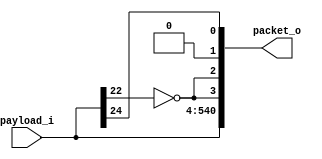
module bp_me_network_pkt_encode_data_resp_num_lce_p2_num_cce_p1_paddr_width_p22_block_size_in_bits_p512_max_num_flit_p4_x_cord_width_p1_y_cord_width_p1
(
  payload_i,
  packet_o
);

  input [536:0] payload_i;
  output [540:0] packet_o;
  wire [540:0] packet_o;
  wire N0;
  assign packet_o[1] = 1'b0;
  assign packet_o[2] = packet_o[3];
  assign packet_o[540] = payload_i[536];
  assign packet_o[539] = payload_i[535];
  assign packet_o[538] = payload_i[534];
  assign packet_o[537] = payload_i[533];
  assign packet_o[536] = payload_i[532];
  assign packet_o[535] = payload_i[531];
  assign packet_o[534] = payload_i[530];
  assign packet_o[533] = payload_i[529];
  assign packet_o[532] = payload_i[528];
  assign packet_o[531] = payload_i[527];
  assign packet_o[530] = payload_i[526];
  assign packet_o[529] = payload_i[525];
  assign packet_o[528] = payload_i[524];
  assign packet_o[527] = payload_i[523];
  assign packet_o[526] = payload_i[522];
  assign packet_o[525] = payload_i[521];
  assign packet_o[524] = payload_i[520];
  assign packet_o[523] = payload_i[519];
  assign packet_o[522] = payload_i[518];
  assign packet_o[521] = payload_i[517];
  assign packet_o[520] = payload_i[516];
  assign packet_o[519] = payload_i[515];
  assign packet_o[518] = payload_i[514];
  assign packet_o[517] = payload_i[513];
  assign packet_o[516] = payload_i[512];
  assign packet_o[515] = payload_i[511];
  assign packet_o[514] = payload_i[510];
  assign packet_o[513] = payload_i[509];
  assign packet_o[512] = payload_i[508];
  assign packet_o[511] = payload_i[507];
  assign packet_o[510] = payload_i[506];
  assign packet_o[509] = payload_i[505];
  assign packet_o[508] = payload_i[504];
  assign packet_o[507] = payload_i[503];
  assign packet_o[506] = payload_i[502];
  assign packet_o[505] = payload_i[501];
  assign packet_o[504] = payload_i[500];
  assign packet_o[503] = payload_i[499];
  assign packet_o[502] = payload_i[498];
  assign packet_o[501] = payload_i[497];
  assign packet_o[500] = payload_i[496];
  assign packet_o[499] = payload_i[495];
  assign packet_o[498] = payload_i[494];
  assign packet_o[497] = payload_i[493];
  assign packet_o[496] = payload_i[492];
  assign packet_o[495] = payload_i[491];
  assign packet_o[494] = payload_i[490];
  assign packet_o[493] = payload_i[489];
  assign packet_o[492] = payload_i[488];
  assign packet_o[491] = payload_i[487];
  assign packet_o[490] = payload_i[486];
  assign packet_o[489] = payload_i[485];
  assign packet_o[488] = payload_i[484];
  assign packet_o[487] = payload_i[483];
  assign packet_o[486] = payload_i[482];
  assign packet_o[485] = payload_i[481];
  assign packet_o[484] = payload_i[480];
  assign packet_o[483] = payload_i[479];
  assign packet_o[482] = payload_i[478];
  assign packet_o[481] = payload_i[477];
  assign packet_o[480] = payload_i[476];
  assign packet_o[479] = payload_i[475];
  assign packet_o[478] = payload_i[474];
  assign packet_o[477] = payload_i[473];
  assign packet_o[476] = payload_i[472];
  assign packet_o[475] = payload_i[471];
  assign packet_o[474] = payload_i[470];
  assign packet_o[473] = payload_i[469];
  assign packet_o[472] = payload_i[468];
  assign packet_o[471] = payload_i[467];
  assign packet_o[470] = payload_i[466];
  assign packet_o[469] = payload_i[465];
  assign packet_o[468] = payload_i[464];
  assign packet_o[467] = payload_i[463];
  assign packet_o[466] = payload_i[462];
  assign packet_o[465] = payload_i[461];
  assign packet_o[464] = payload_i[460];
  assign packet_o[463] = payload_i[459];
  assign packet_o[462] = payload_i[458];
  assign packet_o[461] = payload_i[457];
  assign packet_o[460] = payload_i[456];
  assign packet_o[459] = payload_i[455];
  assign packet_o[458] = payload_i[454];
  assign packet_o[457] = payload_i[453];
  assign packet_o[456] = payload_i[452];
  assign packet_o[455] = payload_i[451];
  assign packet_o[454] = payload_i[450];
  assign packet_o[453] = payload_i[449];
  assign packet_o[452] = payload_i[448];
  assign packet_o[451] = payload_i[447];
  assign packet_o[450] = payload_i[446];
  assign packet_o[449] = payload_i[445];
  assign packet_o[448] = payload_i[444];
  assign packet_o[447] = payload_i[443];
  assign packet_o[446] = payload_i[442];
  assign packet_o[445] = payload_i[441];
  assign packet_o[444] = payload_i[440];
  assign packet_o[443] = payload_i[439];
  assign packet_o[442] = payload_i[438];
  assign packet_o[441] = payload_i[437];
  assign packet_o[440] = payload_i[436];
  assign packet_o[439] = payload_i[435];
  assign packet_o[438] = payload_i[434];
  assign packet_o[437] = payload_i[433];
  assign packet_o[436] = payload_i[432];
  assign packet_o[435] = payload_i[431];
  assign packet_o[434] = payload_i[430];
  assign packet_o[433] = payload_i[429];
  assign packet_o[432] = payload_i[428];
  assign packet_o[431] = payload_i[427];
  assign packet_o[430] = payload_i[426];
  assign packet_o[429] = payload_i[425];
  assign packet_o[428] = payload_i[424];
  assign packet_o[427] = payload_i[423];
  assign packet_o[426] = payload_i[422];
  assign packet_o[425] = payload_i[421];
  assign packet_o[424] = payload_i[420];
  assign packet_o[423] = payload_i[419];
  assign packet_o[422] = payload_i[418];
  assign packet_o[421] = payload_i[417];
  assign packet_o[420] = payload_i[416];
  assign packet_o[419] = payload_i[415];
  assign packet_o[418] = payload_i[414];
  assign packet_o[417] = payload_i[413];
  assign packet_o[416] = payload_i[412];
  assign packet_o[415] = payload_i[411];
  assign packet_o[414] = payload_i[410];
  assign packet_o[413] = payload_i[409];
  assign packet_o[412] = payload_i[408];
  assign packet_o[411] = payload_i[407];
  assign packet_o[410] = payload_i[406];
  assign packet_o[409] = payload_i[405];
  assign packet_o[408] = payload_i[404];
  assign packet_o[407] = payload_i[403];
  assign packet_o[406] = payload_i[402];
  assign packet_o[405] = payload_i[401];
  assign packet_o[404] = payload_i[400];
  assign packet_o[403] = payload_i[399];
  assign packet_o[402] = payload_i[398];
  assign packet_o[401] = payload_i[397];
  assign packet_o[400] = payload_i[396];
  assign packet_o[399] = payload_i[395];
  assign packet_o[398] = payload_i[394];
  assign packet_o[397] = payload_i[393];
  assign packet_o[396] = payload_i[392];
  assign packet_o[395] = payload_i[391];
  assign packet_o[394] = payload_i[390];
  assign packet_o[393] = payload_i[389];
  assign packet_o[392] = payload_i[388];
  assign packet_o[391] = payload_i[387];
  assign packet_o[390] = payload_i[386];
  assign packet_o[389] = payload_i[385];
  assign packet_o[388] = payload_i[384];
  assign packet_o[387] = payload_i[383];
  assign packet_o[386] = payload_i[382];
  assign packet_o[385] = payload_i[381];
  assign packet_o[384] = payload_i[380];
  assign packet_o[383] = payload_i[379];
  assign packet_o[382] = payload_i[378];
  assign packet_o[381] = payload_i[377];
  assign packet_o[380] = payload_i[376];
  assign packet_o[379] = payload_i[375];
  assign packet_o[378] = payload_i[374];
  assign packet_o[377] = payload_i[373];
  assign packet_o[376] = payload_i[372];
  assign packet_o[375] = payload_i[371];
  assign packet_o[374] = payload_i[370];
  assign packet_o[373] = payload_i[369];
  assign packet_o[372] = payload_i[368];
  assign packet_o[371] = payload_i[367];
  assign packet_o[370] = payload_i[366];
  assign packet_o[369] = payload_i[365];
  assign packet_o[368] = payload_i[364];
  assign packet_o[367] = payload_i[363];
  assign packet_o[366] = payload_i[362];
  assign packet_o[365] = payload_i[361];
  assign packet_o[364] = payload_i[360];
  assign packet_o[363] = payload_i[359];
  assign packet_o[362] = payload_i[358];
  assign packet_o[361] = payload_i[357];
  assign packet_o[360] = payload_i[356];
  assign packet_o[359] = payload_i[355];
  assign packet_o[358] = payload_i[354];
  assign packet_o[357] = payload_i[353];
  assign packet_o[356] = payload_i[352];
  assign packet_o[355] = payload_i[351];
  assign packet_o[354] = payload_i[350];
  assign packet_o[353] = payload_i[349];
  assign packet_o[352] = payload_i[348];
  assign packet_o[351] = payload_i[347];
  assign packet_o[350] = payload_i[346];
  assign packet_o[349] = payload_i[345];
  assign packet_o[348] = payload_i[344];
  assign packet_o[347] = payload_i[343];
  assign packet_o[346] = payload_i[342];
  assign packet_o[345] = payload_i[341];
  assign packet_o[344] = payload_i[340];
  assign packet_o[343] = payload_i[339];
  assign packet_o[342] = payload_i[338];
  assign packet_o[341] = payload_i[337];
  assign packet_o[340] = payload_i[336];
  assign packet_o[339] = payload_i[335];
  assign packet_o[338] = payload_i[334];
  assign packet_o[337] = payload_i[333];
  assign packet_o[336] = payload_i[332];
  assign packet_o[335] = payload_i[331];
  assign packet_o[334] = payload_i[330];
  assign packet_o[333] = payload_i[329];
  assign packet_o[332] = payload_i[328];
  assign packet_o[331] = payload_i[327];
  assign packet_o[330] = payload_i[326];
  assign packet_o[329] = payload_i[325];
  assign packet_o[328] = payload_i[324];
  assign packet_o[327] = payload_i[323];
  assign packet_o[326] = payload_i[322];
  assign packet_o[325] = payload_i[321];
  assign packet_o[324] = payload_i[320];
  assign packet_o[323] = payload_i[319];
  assign packet_o[322] = payload_i[318];
  assign packet_o[321] = payload_i[317];
  assign packet_o[320] = payload_i[316];
  assign packet_o[319] = payload_i[315];
  assign packet_o[318] = payload_i[314];
  assign packet_o[317] = payload_i[313];
  assign packet_o[316] = payload_i[312];
  assign packet_o[315] = payload_i[311];
  assign packet_o[314] = payload_i[310];
  assign packet_o[313] = payload_i[309];
  assign packet_o[312] = payload_i[308];
  assign packet_o[311] = payload_i[307];
  assign packet_o[310] = payload_i[306];
  assign packet_o[309] = payload_i[305];
  assign packet_o[308] = payload_i[304];
  assign packet_o[307] = payload_i[303];
  assign packet_o[306] = payload_i[302];
  assign packet_o[305] = payload_i[301];
  assign packet_o[304] = payload_i[300];
  assign packet_o[303] = payload_i[299];
  assign packet_o[302] = payload_i[298];
  assign packet_o[301] = payload_i[297];
  assign packet_o[300] = payload_i[296];
  assign packet_o[299] = payload_i[295];
  assign packet_o[298] = payload_i[294];
  assign packet_o[297] = payload_i[293];
  assign packet_o[296] = payload_i[292];
  assign packet_o[295] = payload_i[291];
  assign packet_o[294] = payload_i[290];
  assign packet_o[293] = payload_i[289];
  assign packet_o[292] = payload_i[288];
  assign packet_o[291] = payload_i[287];
  assign packet_o[290] = payload_i[286];
  assign packet_o[289] = payload_i[285];
  assign packet_o[288] = payload_i[284];
  assign packet_o[287] = payload_i[283];
  assign packet_o[286] = payload_i[282];
  assign packet_o[285] = payload_i[281];
  assign packet_o[284] = payload_i[280];
  assign packet_o[283] = payload_i[279];
  assign packet_o[282] = payload_i[278];
  assign packet_o[281] = payload_i[277];
  assign packet_o[280] = payload_i[276];
  assign packet_o[279] = payload_i[275];
  assign packet_o[278] = payload_i[274];
  assign packet_o[277] = payload_i[273];
  assign packet_o[276] = payload_i[272];
  assign packet_o[275] = payload_i[271];
  assign packet_o[274] = payload_i[270];
  assign packet_o[273] = payload_i[269];
  assign packet_o[272] = payload_i[268];
  assign packet_o[271] = payload_i[267];
  assign packet_o[270] = payload_i[266];
  assign packet_o[269] = payload_i[265];
  assign packet_o[268] = payload_i[264];
  assign packet_o[267] = payload_i[263];
  assign packet_o[266] = payload_i[262];
  assign packet_o[265] = payload_i[261];
  assign packet_o[264] = payload_i[260];
  assign packet_o[263] = payload_i[259];
  assign packet_o[262] = payload_i[258];
  assign packet_o[261] = payload_i[257];
  assign packet_o[260] = payload_i[256];
  assign packet_o[259] = payload_i[255];
  assign packet_o[258] = payload_i[254];
  assign packet_o[257] = payload_i[253];
  assign packet_o[256] = payload_i[252];
  assign packet_o[255] = payload_i[251];
  assign packet_o[254] = payload_i[250];
  assign packet_o[253] = payload_i[249];
  assign packet_o[252] = payload_i[248];
  assign packet_o[251] = payload_i[247];
  assign packet_o[250] = payload_i[246];
  assign packet_o[249] = payload_i[245];
  assign packet_o[248] = payload_i[244];
  assign packet_o[247] = payload_i[243];
  assign packet_o[246] = payload_i[242];
  assign packet_o[245] = payload_i[241];
  assign packet_o[244] = payload_i[240];
  assign packet_o[243] = payload_i[239];
  assign packet_o[242] = payload_i[238];
  assign packet_o[241] = payload_i[237];
  assign packet_o[240] = payload_i[236];
  assign packet_o[239] = payload_i[235];
  assign packet_o[238] = payload_i[234];
  assign packet_o[237] = payload_i[233];
  assign packet_o[236] = payload_i[232];
  assign packet_o[235] = payload_i[231];
  assign packet_o[234] = payload_i[230];
  assign packet_o[233] = payload_i[229];
  assign packet_o[232] = payload_i[228];
  assign packet_o[231] = payload_i[227];
  assign packet_o[230] = payload_i[226];
  assign packet_o[229] = payload_i[225];
  assign packet_o[228] = payload_i[224];
  assign packet_o[227] = payload_i[223];
  assign packet_o[226] = payload_i[222];
  assign packet_o[225] = payload_i[221];
  assign packet_o[224] = payload_i[220];
  assign packet_o[223] = payload_i[219];
  assign packet_o[222] = payload_i[218];
  assign packet_o[221] = payload_i[217];
  assign packet_o[220] = payload_i[216];
  assign packet_o[219] = payload_i[215];
  assign packet_o[218] = payload_i[214];
  assign packet_o[217] = payload_i[213];
  assign packet_o[216] = payload_i[212];
  assign packet_o[215] = payload_i[211];
  assign packet_o[214] = payload_i[210];
  assign packet_o[213] = payload_i[209];
  assign packet_o[212] = payload_i[208];
  assign packet_o[211] = payload_i[207];
  assign packet_o[210] = payload_i[206];
  assign packet_o[209] = payload_i[205];
  assign packet_o[208] = payload_i[204];
  assign packet_o[207] = payload_i[203];
  assign packet_o[206] = payload_i[202];
  assign packet_o[205] = payload_i[201];
  assign packet_o[204] = payload_i[200];
  assign packet_o[203] = payload_i[199];
  assign packet_o[202] = payload_i[198];
  assign packet_o[201] = payload_i[197];
  assign packet_o[200] = payload_i[196];
  assign packet_o[199] = payload_i[195];
  assign packet_o[198] = payload_i[194];
  assign packet_o[197] = payload_i[193];
  assign packet_o[196] = payload_i[192];
  assign packet_o[195] = payload_i[191];
  assign packet_o[194] = payload_i[190];
  assign packet_o[193] = payload_i[189];
  assign packet_o[192] = payload_i[188];
  assign packet_o[191] = payload_i[187];
  assign packet_o[190] = payload_i[186];
  assign packet_o[189] = payload_i[185];
  assign packet_o[188] = payload_i[184];
  assign packet_o[187] = payload_i[183];
  assign packet_o[186] = payload_i[182];
  assign packet_o[185] = payload_i[181];
  assign packet_o[184] = payload_i[180];
  assign packet_o[183] = payload_i[179];
  assign packet_o[182] = payload_i[178];
  assign packet_o[181] = payload_i[177];
  assign packet_o[180] = payload_i[176];
  assign packet_o[179] = payload_i[175];
  assign packet_o[178] = payload_i[174];
  assign packet_o[177] = payload_i[173];
  assign packet_o[176] = payload_i[172];
  assign packet_o[175] = payload_i[171];
  assign packet_o[174] = payload_i[170];
  assign packet_o[173] = payload_i[169];
  assign packet_o[172] = payload_i[168];
  assign packet_o[171] = payload_i[167];
  assign packet_o[170] = payload_i[166];
  assign packet_o[169] = payload_i[165];
  assign packet_o[168] = payload_i[164];
  assign packet_o[167] = payload_i[163];
  assign packet_o[166] = payload_i[162];
  assign packet_o[165] = payload_i[161];
  assign packet_o[164] = payload_i[160];
  assign packet_o[163] = payload_i[159];
  assign packet_o[162] = payload_i[158];
  assign packet_o[161] = payload_i[157];
  assign packet_o[160] = payload_i[156];
  assign packet_o[159] = payload_i[155];
  assign packet_o[158] = payload_i[154];
  assign packet_o[157] = payload_i[153];
  assign packet_o[156] = payload_i[152];
  assign packet_o[155] = payload_i[151];
  assign packet_o[154] = payload_i[150];
  assign packet_o[153] = payload_i[149];
  assign packet_o[152] = payload_i[148];
  assign packet_o[151] = payload_i[147];
  assign packet_o[150] = payload_i[146];
  assign packet_o[149] = payload_i[145];
  assign packet_o[148] = payload_i[144];
  assign packet_o[147] = payload_i[143];
  assign packet_o[146] = payload_i[142];
  assign packet_o[145] = payload_i[141];
  assign packet_o[144] = payload_i[140];
  assign packet_o[143] = payload_i[139];
  assign packet_o[142] = payload_i[138];
  assign packet_o[141] = payload_i[137];
  assign packet_o[140] = payload_i[136];
  assign packet_o[139] = payload_i[135];
  assign packet_o[138] = payload_i[134];
  assign packet_o[137] = payload_i[133];
  assign packet_o[136] = payload_i[132];
  assign packet_o[135] = payload_i[131];
  assign packet_o[134] = payload_i[130];
  assign packet_o[133] = payload_i[129];
  assign packet_o[132] = payload_i[128];
  assign packet_o[131] = payload_i[127];
  assign packet_o[130] = payload_i[126];
  assign packet_o[129] = payload_i[125];
  assign packet_o[128] = payload_i[124];
  assign packet_o[127] = payload_i[123];
  assign packet_o[126] = payload_i[122];
  assign packet_o[125] = payload_i[121];
  assign packet_o[124] = payload_i[120];
  assign packet_o[123] = payload_i[119];
  assign packet_o[122] = payload_i[118];
  assign packet_o[121] = payload_i[117];
  assign packet_o[120] = payload_i[116];
  assign packet_o[119] = payload_i[115];
  assign packet_o[118] = payload_i[114];
  assign packet_o[117] = payload_i[113];
  assign packet_o[116] = payload_i[112];
  assign packet_o[115] = payload_i[111];
  assign packet_o[114] = payload_i[110];
  assign packet_o[113] = payload_i[109];
  assign packet_o[112] = payload_i[108];
  assign packet_o[111] = payload_i[107];
  assign packet_o[110] = payload_i[106];
  assign packet_o[109] = payload_i[105];
  assign packet_o[108] = payload_i[104];
  assign packet_o[107] = payload_i[103];
  assign packet_o[106] = payload_i[102];
  assign packet_o[105] = payload_i[101];
  assign packet_o[104] = payload_i[100];
  assign packet_o[103] = payload_i[99];
  assign packet_o[102] = payload_i[98];
  assign packet_o[101] = payload_i[97];
  assign packet_o[100] = payload_i[96];
  assign packet_o[99] = payload_i[95];
  assign packet_o[98] = payload_i[94];
  assign packet_o[97] = payload_i[93];
  assign packet_o[96] = payload_i[92];
  assign packet_o[95] = payload_i[91];
  assign packet_o[94] = payload_i[90];
  assign packet_o[93] = payload_i[89];
  assign packet_o[92] = payload_i[88];
  assign packet_o[91] = payload_i[87];
  assign packet_o[90] = payload_i[86];
  assign packet_o[89] = payload_i[85];
  assign packet_o[88] = payload_i[84];
  assign packet_o[87] = payload_i[83];
  assign packet_o[86] = payload_i[82];
  assign packet_o[85] = payload_i[81];
  assign packet_o[84] = payload_i[80];
  assign packet_o[83] = payload_i[79];
  assign packet_o[82] = payload_i[78];
  assign packet_o[81] = payload_i[77];
  assign packet_o[80] = payload_i[76];
  assign packet_o[79] = payload_i[75];
  assign packet_o[78] = payload_i[74];
  assign packet_o[77] = payload_i[73];
  assign packet_o[76] = payload_i[72];
  assign packet_o[75] = payload_i[71];
  assign packet_o[74] = payload_i[70];
  assign packet_o[73] = payload_i[69];
  assign packet_o[72] = payload_i[68];
  assign packet_o[71] = payload_i[67];
  assign packet_o[70] = payload_i[66];
  assign packet_o[69] = payload_i[65];
  assign packet_o[68] = payload_i[64];
  assign packet_o[67] = payload_i[63];
  assign packet_o[66] = payload_i[62];
  assign packet_o[65] = payload_i[61];
  assign packet_o[64] = payload_i[60];
  assign packet_o[63] = payload_i[59];
  assign packet_o[62] = payload_i[58];
  assign packet_o[61] = payload_i[57];
  assign packet_o[60] = payload_i[56];
  assign packet_o[59] = payload_i[55];
  assign packet_o[58] = payload_i[54];
  assign packet_o[57] = payload_i[53];
  assign packet_o[56] = payload_i[52];
  assign packet_o[55] = payload_i[51];
  assign packet_o[54] = payload_i[50];
  assign packet_o[53] = payload_i[49];
  assign packet_o[52] = payload_i[48];
  assign packet_o[51] = payload_i[47];
  assign packet_o[50] = payload_i[46];
  assign packet_o[49] = payload_i[45];
  assign packet_o[48] = payload_i[44];
  assign packet_o[47] = payload_i[43];
  assign packet_o[46] = payload_i[42];
  assign packet_o[45] = payload_i[41];
  assign packet_o[44] = payload_i[40];
  assign packet_o[43] = payload_i[39];
  assign packet_o[42] = payload_i[38];
  assign packet_o[41] = payload_i[37];
  assign packet_o[40] = payload_i[36];
  assign packet_o[39] = payload_i[35];
  assign packet_o[38] = payload_i[34];
  assign packet_o[37] = payload_i[33];
  assign packet_o[36] = payload_i[32];
  assign packet_o[35] = payload_i[31];
  assign packet_o[34] = payload_i[30];
  assign packet_o[33] = payload_i[29];
  assign packet_o[32] = payload_i[28];
  assign packet_o[31] = payload_i[27];
  assign packet_o[30] = payload_i[26];
  assign packet_o[29] = payload_i[25];
  assign packet_o[0] = payload_i[24];
  assign packet_o[28] = payload_i[24];
  assign packet_o[27] = payload_i[23];
  assign packet_o[26] = payload_i[22];
  assign packet_o[25] = payload_i[21];
  assign packet_o[24] = payload_i[20];
  assign packet_o[23] = payload_i[19];
  assign packet_o[22] = payload_i[18];
  assign packet_o[21] = payload_i[17];
  assign packet_o[20] = payload_i[16];
  assign packet_o[19] = payload_i[15];
  assign packet_o[18] = payload_i[14];
  assign packet_o[17] = payload_i[13];
  assign packet_o[16] = payload_i[12];
  assign packet_o[15] = payload_i[11];
  assign packet_o[14] = payload_i[10];
  assign packet_o[13] = payload_i[9];
  assign packet_o[12] = payload_i[8];
  assign packet_o[11] = payload_i[7];
  assign packet_o[10] = payload_i[6];
  assign packet_o[9] = payload_i[5];
  assign packet_o[8] = payload_i[4];
  assign packet_o[7] = payload_i[3];
  assign packet_o[6] = payload_i[2];
  assign packet_o[5] = payload_i[1];
  assign packet_o[4] = payload_i[0];
  assign N0 = ~payload_i[22];
  assign packet_o[3] = N0;

endmodule